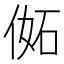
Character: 𠊜